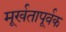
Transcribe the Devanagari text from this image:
मूर्खतापूर्वक